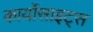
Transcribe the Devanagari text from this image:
कार्योसाइट्स